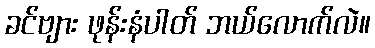
ခင်ဗျား ဖုန်းနံပါတ် ဘယ်လောက်လဲ။